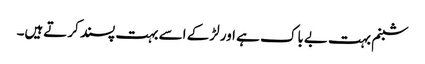
شبنم بہت بےباک ہے اور لڑکے اسے بہت پسند کرتےہیں۔